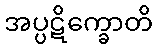
အပ္ပဋိက္ခောတိ